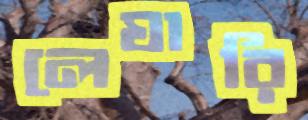
লেঘারি